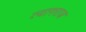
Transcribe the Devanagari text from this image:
त्‍यागराज